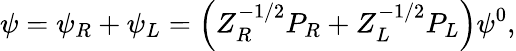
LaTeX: \psi=\psi_{R}+\psi_{L}=\left(Z_{R}^{-1/2}P_{R}+Z_{L}^{-1/2}P_{L}\right)\psi^{0},